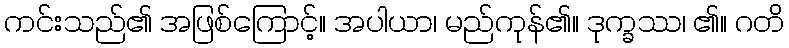
ကင်းသည်၏ အဖြစ်ကြောင့်။ အပါယာ၊ မည်ကုန်၏။ ဒုက္ခဿ၊ ၏။ ဂတိ